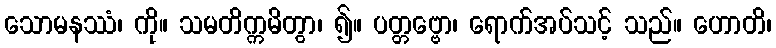
သောမနဿံ၊ ကို။ သမတိက္ကမိတွာ၊ ၍။ ပတ္တဗ္ဗော၊ ရောက်အပ်သင့် သည်။ ဟောတိ၊